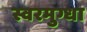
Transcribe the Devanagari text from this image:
स्वरमुग्धा